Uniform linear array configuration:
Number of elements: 32
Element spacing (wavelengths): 0.75
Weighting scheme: binomial
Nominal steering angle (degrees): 30
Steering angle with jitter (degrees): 31.907
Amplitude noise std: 0.05
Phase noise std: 0.05

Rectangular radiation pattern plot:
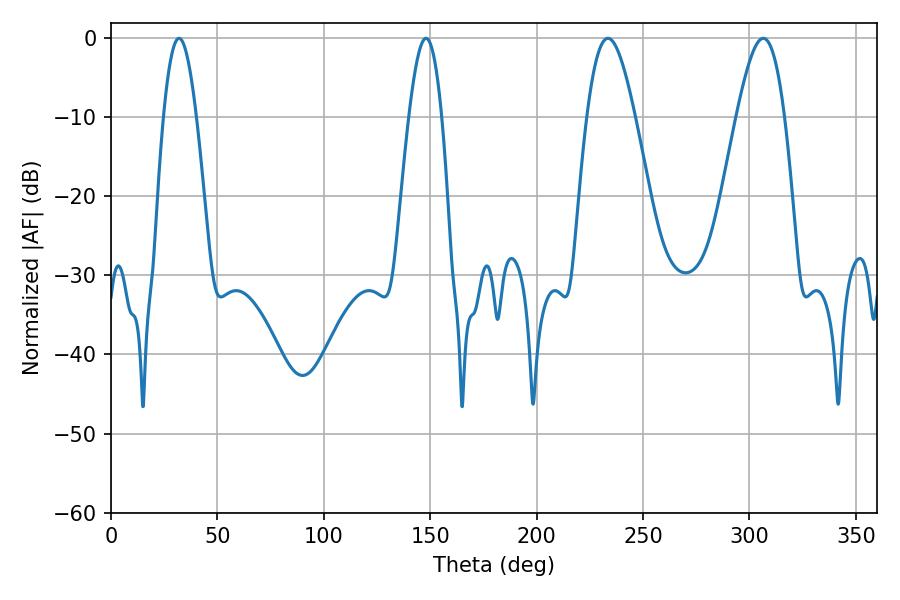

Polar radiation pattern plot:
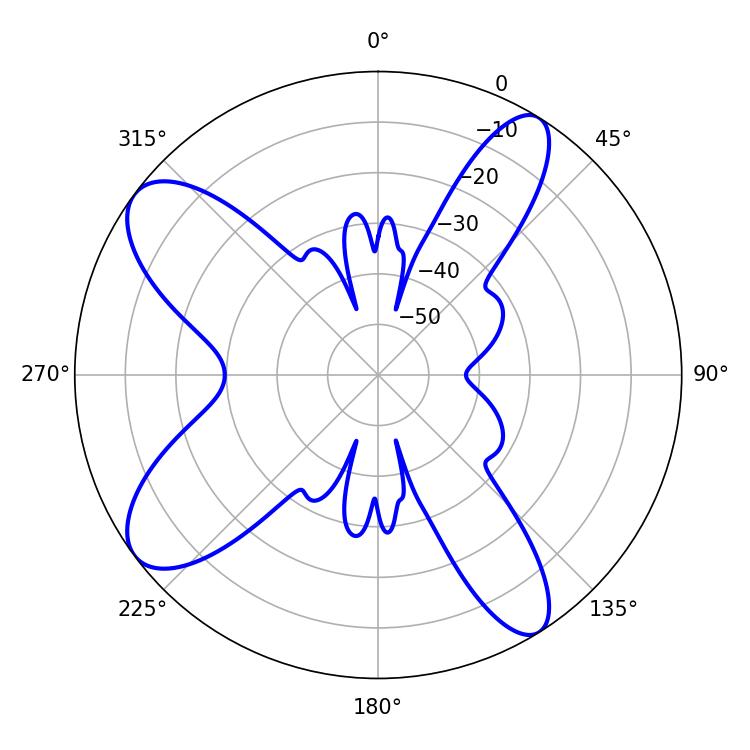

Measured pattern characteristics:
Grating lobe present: TRUE
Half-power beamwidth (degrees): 12.06
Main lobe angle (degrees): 233.46